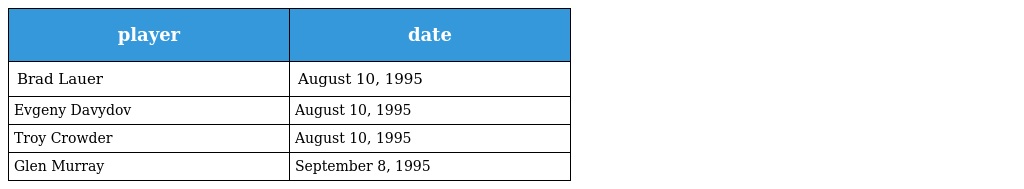
| player | date |
 | --- | --- |
 | Brad Lauer | August 10, 1995 |
 | Evgeny Davydov | August 10, 1995 |
 | Troy Crowder | August 10, 1995 |
 | Glen Murray | September 8, 1995 |